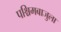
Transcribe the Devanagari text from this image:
पश्चिमबाजुला